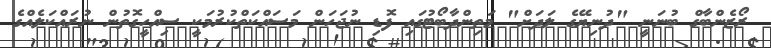
ރޯޒެންބާގް ބުނަނީ "ދުނިޔޭގެ ލަދަށް" މަތިންދާބޯޓުގައި ފޮޑި ނުޖަހަން މަސައްކަތްކުރުމަކީ ސިއްހީގޮތުން ނުރައްކަލެއްގެ